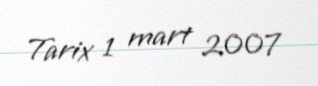
Tarix 1 mart 2007